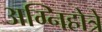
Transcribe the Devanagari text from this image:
अग्निहोत्रे